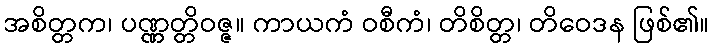
အစိတ္တက၊ ပဏ္ဏတ္တိဝဇ္ဇ။ ကာယကံ ဝစီကံ၊ တိစိတ္တ၊ တိဝေဒန ဖြစ်၏။